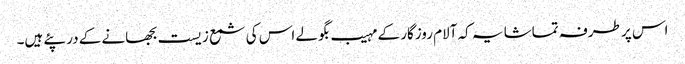
اس پر طرفہ تماشا یہ کہ آلام روزگار کے مہیب بگولے اس کی شمع زیست بجھانے کے در پئے ہیں۔